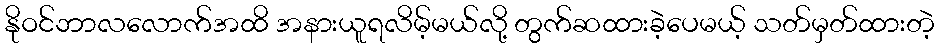
နိုဝင်ဘာလလောက်အထိ အနားယူရလိမ့်မယ်လို့ တွက်ဆထားခဲ့ပေမယ့် သတ်မှတ်ထားတဲ့